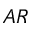
A R